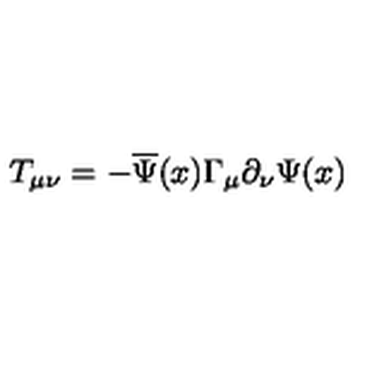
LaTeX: T _ { \mu \nu } = - \overline { { \Psi } } ( x ) \Gamma _ { \mu } \partial _ { \nu } \Psi ( x )